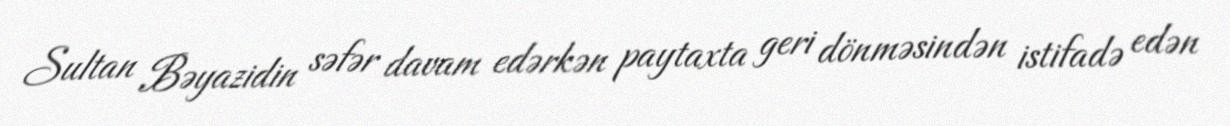
Sultan Bəyazidin səfər davam edərkən paytaxta geri dönməsindən istifadə edən